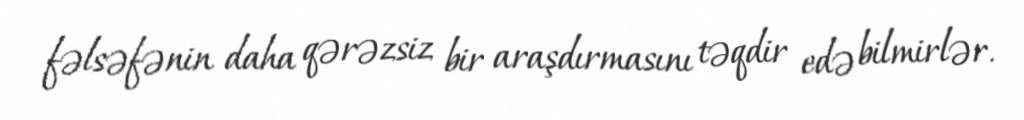
fəlsəfənin daha qərəzsiz bir araşdırmasını təqdir edə bilmirlər.